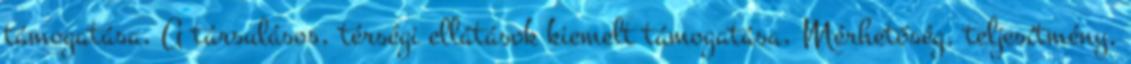
támogatása, A társulásos, térségi ellátások kiemelt támogatása, Mérhetőség, teljesítmény,